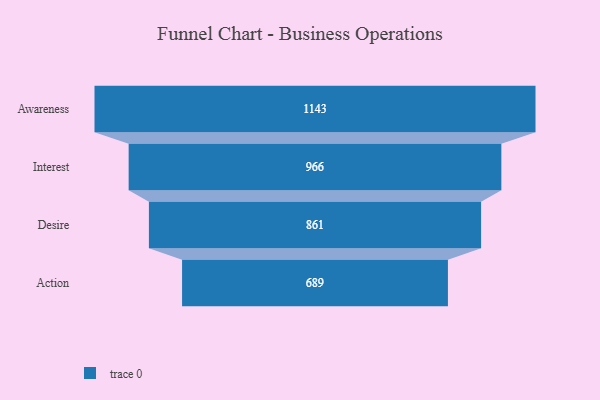
{"axis": {"x": "Stage", "y": "Value"}, "legend": [""], "data": [{"x": "Awareness", "y": 1143.0, "type": ""}, {"x": "Interest", "y": 966.0, "type": ""}, {"x": "Desire", "y": 861.0, "type": ""}, {"x": "Action", "y": 689.0, "type": ""}]}